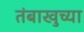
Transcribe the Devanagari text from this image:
तंबाखुच्या